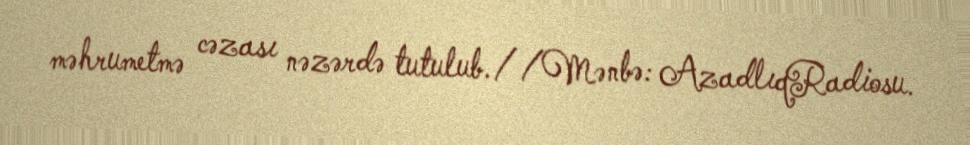
məhrumetmə cəzası nəzərdə tutulub.//Mənbə: AzadlıqRadiosu.